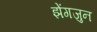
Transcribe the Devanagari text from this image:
झेंगजुन